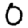
Digit: 0